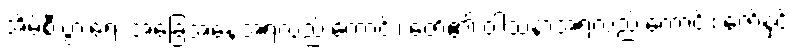
အိမ်စီးပွားရေး အခြေအနေအရလည်းကောင်း၊ ဇော်၏ ဝါသနာအရလည်းကောင်း၊ ဇော်နှင့်